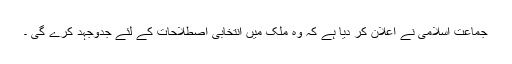
جماعت اسلامی نے اعلان کر دیا ہے کہ وہ ملک میں انتخابی اصطلاحات کے لئے جدوجہد کرے گی ۔